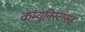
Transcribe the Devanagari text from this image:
कम्युनिस्टांसह